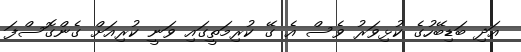
އަދި ބަޑިބޭހުގެ ކުޅިވަރު ވެސް އެ ގޭ ކުރިމަތީގައި ވަނީ ކުރިއަށް ގެންގޮސްފަ